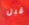
قبل